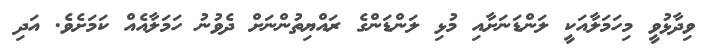
ވިދާޅުވީ މިހަމަލާއަކީ ލަންޑަނަށާއި މުޅި ލަންޑަންގެ ރައްޔިތުންނަށް ދެވުނު ހަމަލާއެއް ކަމަށެވެ. އަދި